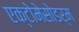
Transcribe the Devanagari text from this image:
एक्टोमेसोडर्म